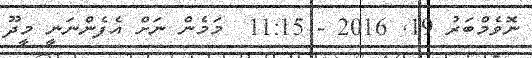
ނޮވެމްބަރު 19